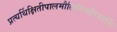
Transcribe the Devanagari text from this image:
प्रत्यर्थिक्षितीपालमौलिनिवहैरभ्यर्चि